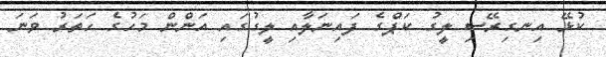
ކުޅޭ އިނގިރޭސި ލީގު ކަޕްގެ ފައިނަލާއި ލީގުގައި އަންން މަހުގެ ހަތަރު ވަނަ